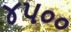
૪૫૦૦